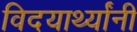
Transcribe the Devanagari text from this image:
विदयार्थ्‍यांनी